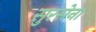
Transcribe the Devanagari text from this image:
सुरसेना